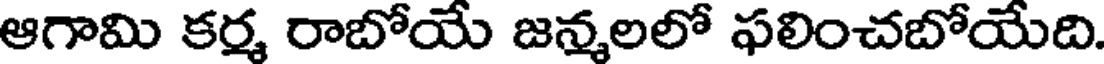
ఆగామి కర్మ రాబోయే జన్మలలో ఫలించబోయేది